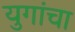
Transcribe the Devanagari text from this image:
युगांचा